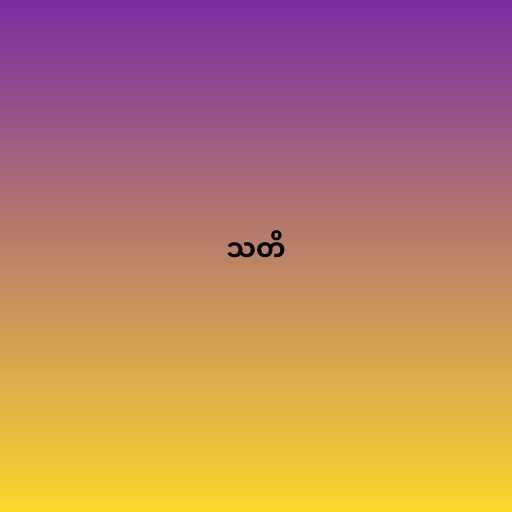
သတိ